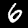
Label: 6